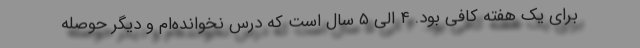
برای یک هفته کافی بود. ۴ الی ۵ سال است که درس نخوانده‌ام و دیگر حوصله